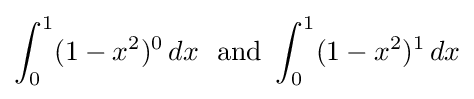
\int _{0}^{1}(1-x^{2})^{0}\,dx\ {\text{ and }}\int _{0}^{1}(1-x^{2})^{1}\,dx